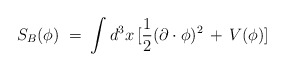
\begin{align*}S_B(\phi) \;=\; \int d^3x \,[\frac{1}{2} (\partial \cdot \phi)^2 \,+\, V(\phi) ]\end{align*}